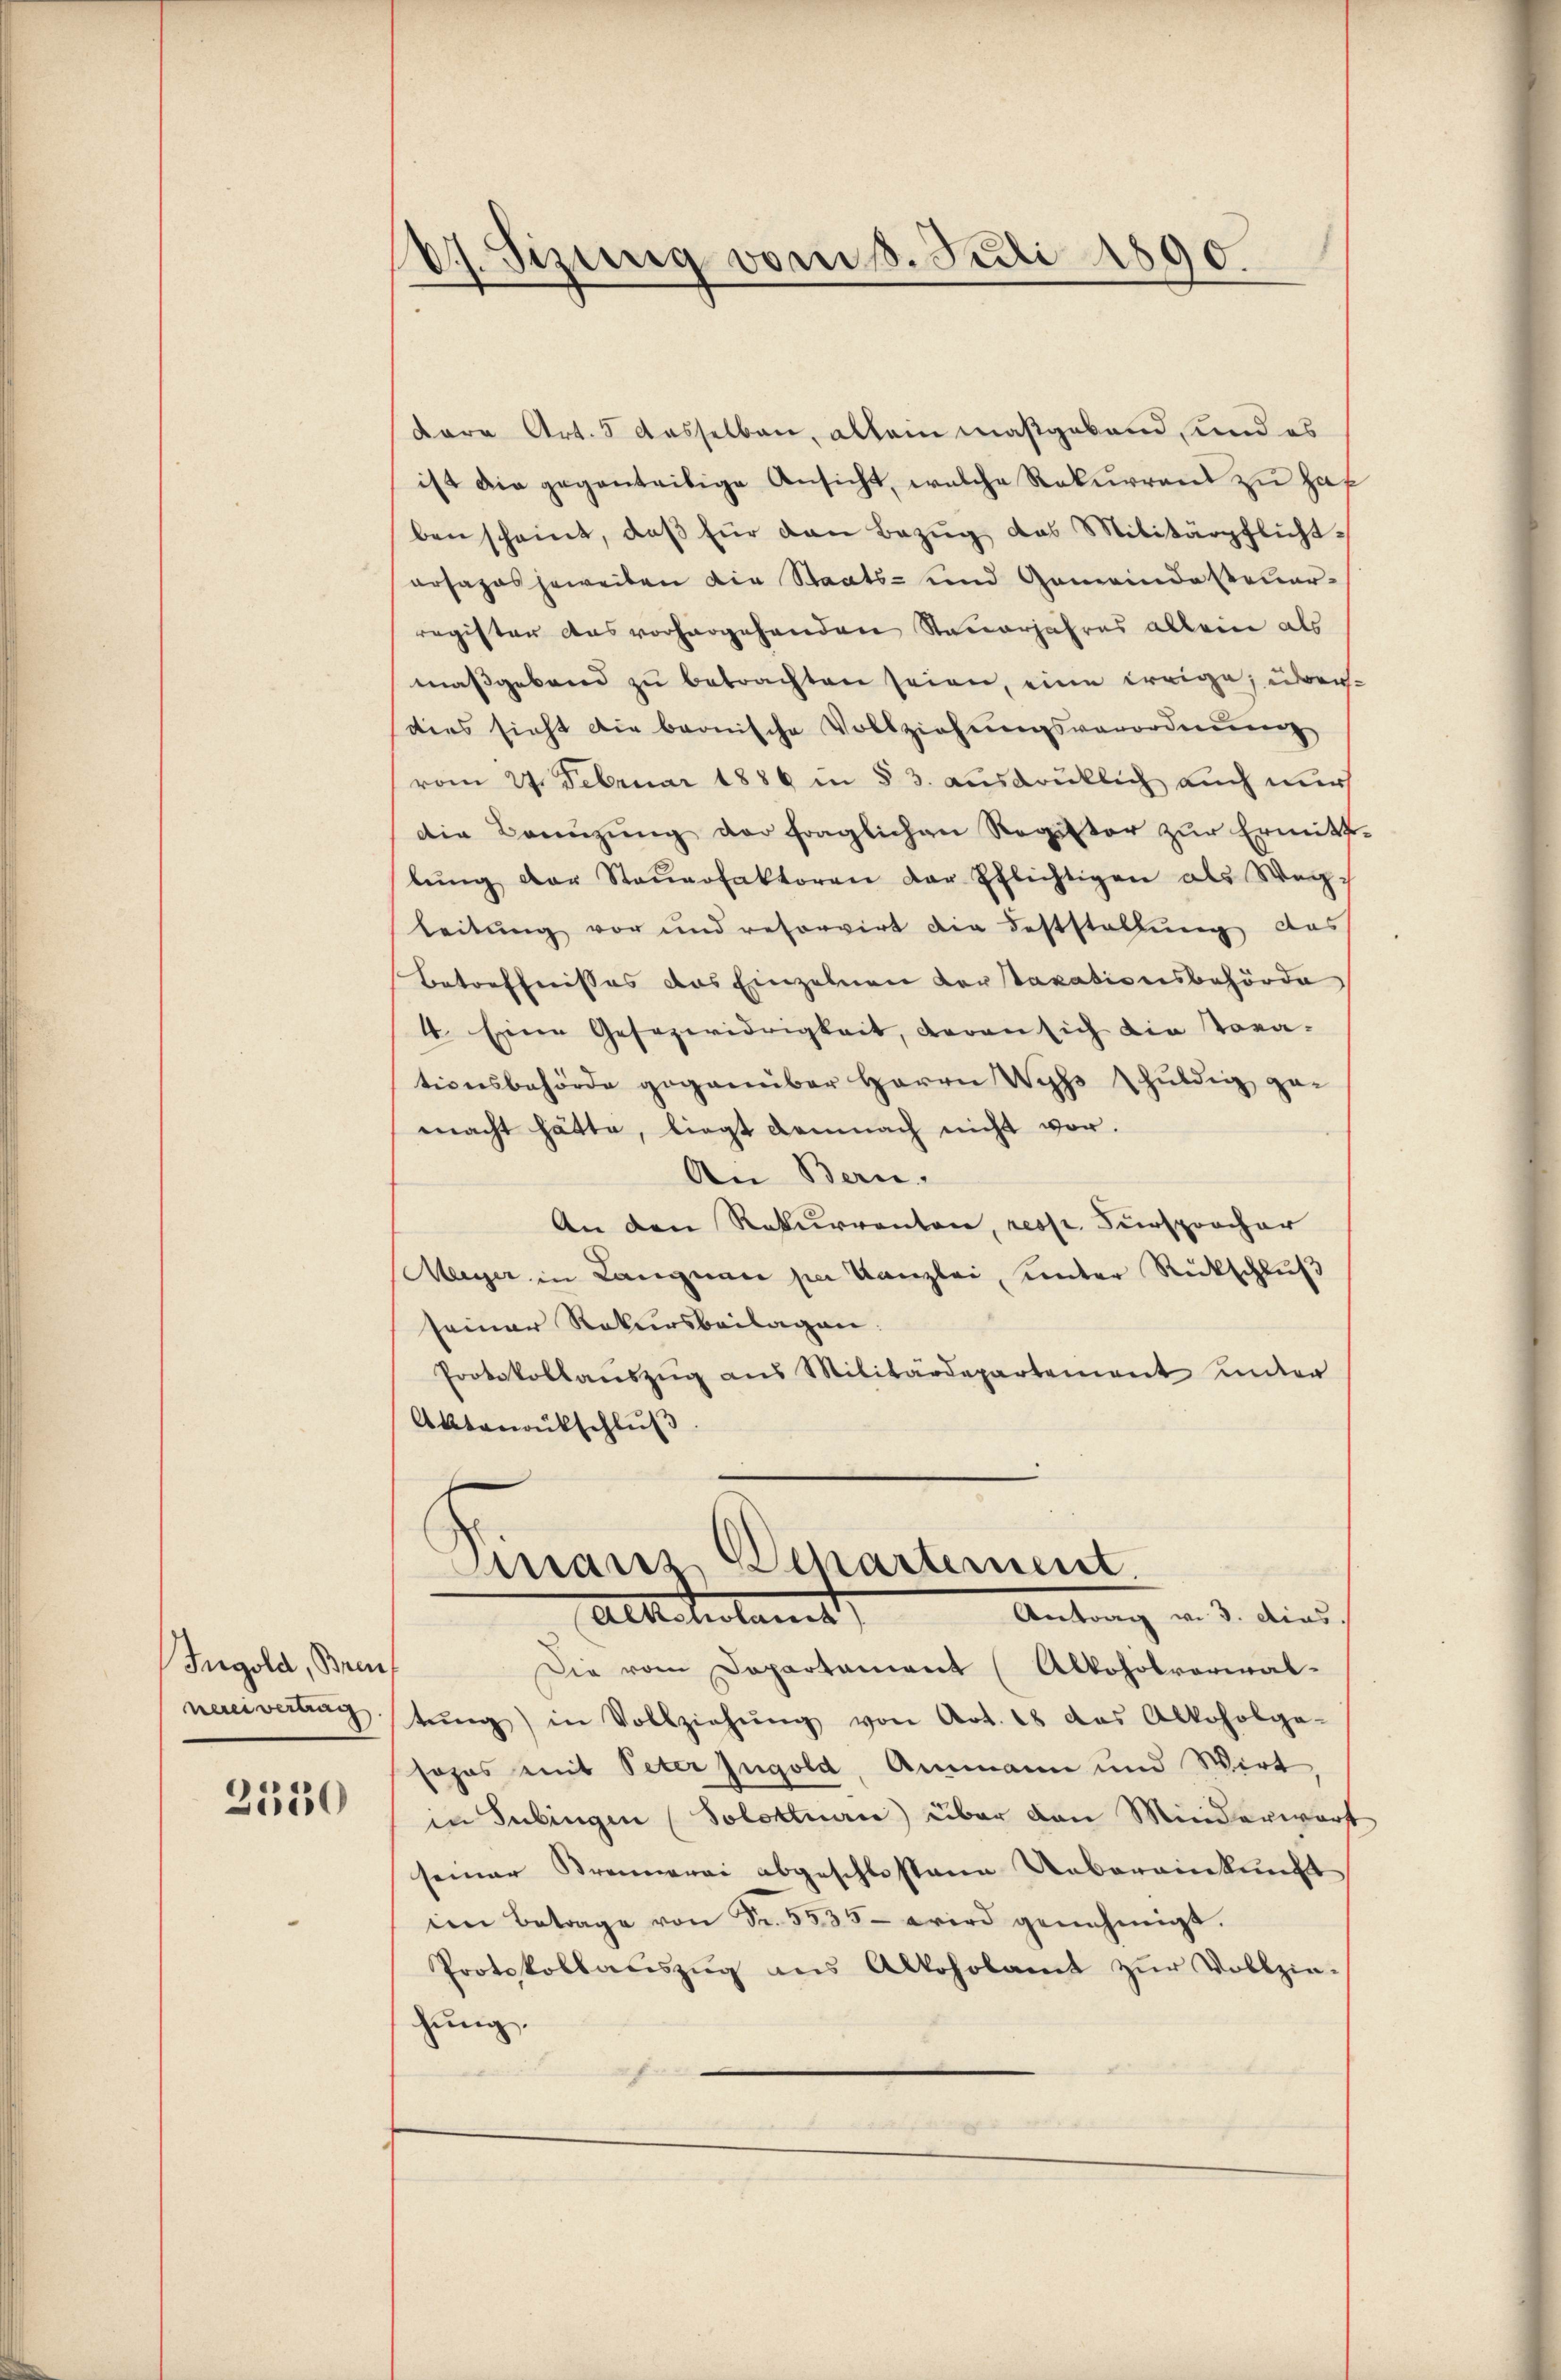
Ingold, Bren
naivertrag

2530

67. Sizung vom 8. Juli 1890.

dare Art. 3 desselben, allein maßgebend, und es
ist die gegenteilige Ansicht, welche Rekurrend zu haf
ben scheint, daβ für den Bezŭg das Militärpflichtarsazas jeweiten die Staats- und Gemeindesteuer-
register das vorhergehenden Steuerjahres allein als
maßgebend zŭ betrachten seien, eine Ereige, überdies sieht die bernische Vollziehŭngsverordnŭng
vom 27. Februar 1886 in § 3. ausdrüklich auch nur
Die Bauŭzŭng der fraglichen Register zŭr Ermitt
lŭng der Steŭerfaktoren der Pflichtigen als Weg¬
Leitung vor und reforvirt die Feststellung das
Betreffnisses das Einzelnen Kortaxationsbehörde
4. Eine Gesezwidrigkeit, daran sich die Tora-
tionsbehörde gegenüber Herrn Wyss schuldig gemacht hätte, liegt demnach nicht vor.
An Bern.
An den Rekurrenten, resp. Fürsprocher
Meyer in Langnau par Kanzlei, unter Rückschluß
seiner Rekursbeilagen:
Protokollaŭszŭg ans Militärdepartement unter
Aktenrutschluß
Finanz Departement.
Antrag v. 3. dies
Alttelstanst
Die vom Departement (Alkoholverwaltŭng) in Vollziehŭng von Art. 28 das Alkoholge-
sofas mit Peter Jugold, Ammann und Wirt
in Tübingen (Solottuan) über den Minderwart
seiner Brennerei abgeschlossene Uebereinkunft
ien Betrage von Fr. 5535- wird genehmigt.
Protokollaŭszŭg ans Alkoholamt zŭr Vollziehung.